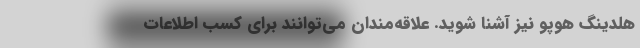
هلدینگ هوپو نیز آشنا شوید. علاقه‌مندان می‌توانند برای کسب اطلاعات